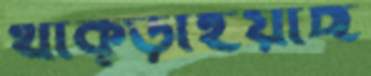
থাক্‌ড়াইয়াছ